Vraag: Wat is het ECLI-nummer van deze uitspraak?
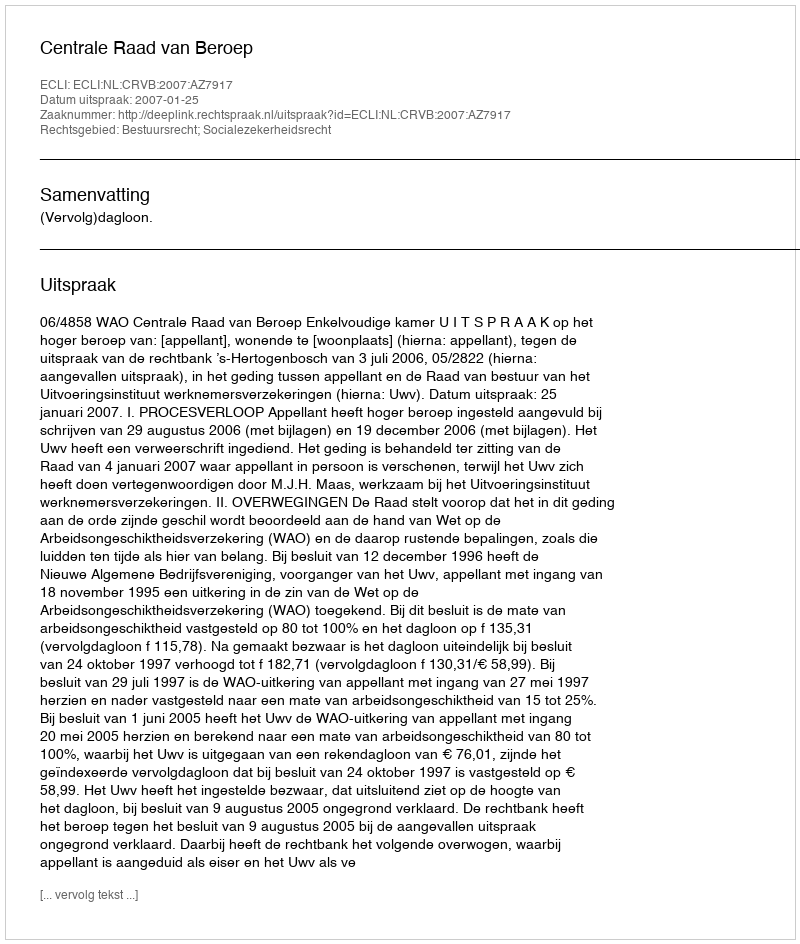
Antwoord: ECLI:NL:CRVB:2007:AZ7917